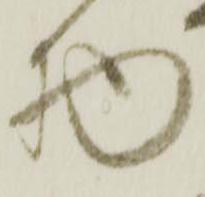
物